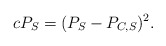
\begin{align*}c P_{S} = (P_{S}-P_{C, S})^{2}.\end{align*}